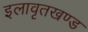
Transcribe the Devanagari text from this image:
इलावृतखण्ड